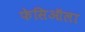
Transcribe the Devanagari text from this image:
फेसिऑला